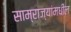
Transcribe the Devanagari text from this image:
साम्राज्यांमधील